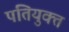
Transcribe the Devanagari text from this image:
पतियुक्त